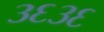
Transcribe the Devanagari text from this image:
३६३६